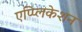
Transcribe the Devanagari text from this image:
एप्प्लिकेशन